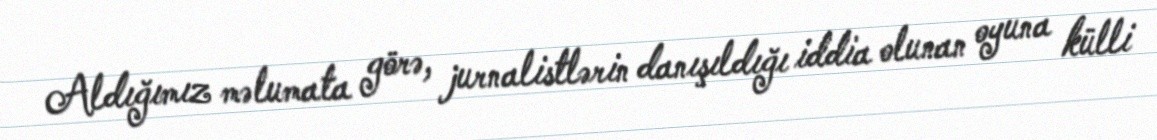
Aldığımız məlumata görə, jurnalistlərin danışıldığı iddia olunan oyuna külli